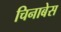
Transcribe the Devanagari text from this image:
चिनाबेस